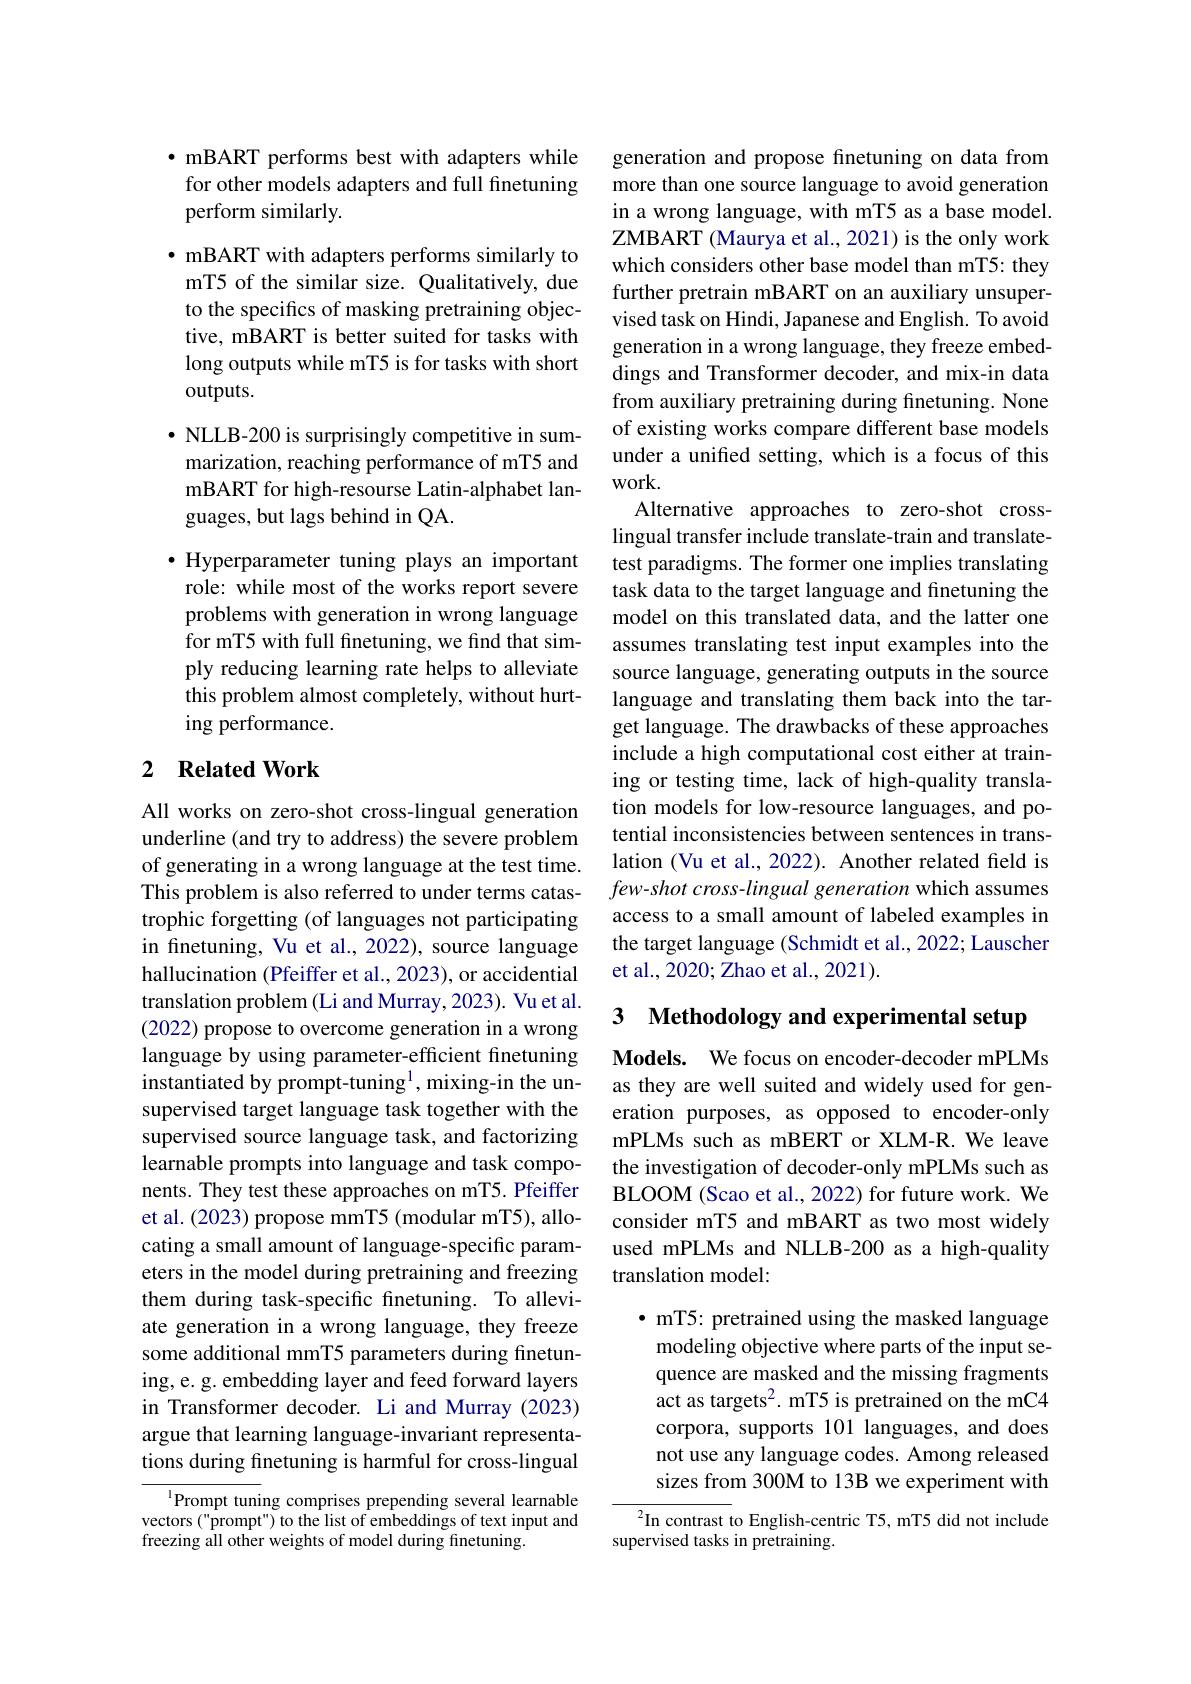
## $\bullet$ mBART performs best with adapters while for other models adapters and full finetuning perform similarly.

$\bullet$ mBART with adapters performs similarly to mT5 of the similar size. Qualitatively, due to the specifics of masking pretraining objective, mBART is better suited for tasks with long outputs while mT5 is for tasks with short outputs.

$\bullet$ NLLB-200 is surprisingly competitive in summarization, reaching performance of mT5 and mBART for high-resourse Latin-alphabet languages, but lags behind in QA.

$\bullet$ Hyperparameter tuning plays an important role: while most of the works report severe problems with generation in wrong language for mT5 with full finetuning, we find that simply reducing learning rate helps to alleviate this problem almost completely, without hurting performance.

## 2 $\textbf{Related Work}$

All works on zero-shot cross-lingual generation underline (and try to address) the severe problem of generating in a wrong language at the test time. This problem is also referred to under terms catastrophic forgetting (of languages not participating in finetuning, Vu et al., 2022), source language hallucination (Pfeiffer et al., 2023), or accidential translation problem (Li and Murray, 2023). Vu et al. (2022) propose to overcome generation in a wrong language by using parameter-efficient finetuning instantiated by prompt-tuning$^1$,mixing-in the unsupervised target language task together with the supervised source language task, and factorizing learnable prompts into language and task components. They test these approaches on mT5. Pfeiffer et al. (2023) propose mmT5 (modular mT5), allocating a small amount of language-specific parameters in the model during pretraining and freezing them during task-specific finetuning. To alleviate generation in a wrong language, they freeze some additional mmT5 parameters during finetuning, e. g. embedding layer and feed forward layers in Transformer decoder. Li and Murray (2023) argue that learning language-invariant representations during finetuning is harmful for cross-lingual
$^{1}$Prompt tuning comprises prepending several learnable

vectors ("prompt") to the list of embeddings of text input and
freezing all other weights of model during finetuning.

generation and propose finetuning on data from more than one source language to avoid generation in a wrong language, with mT5 as a base model. ZMBART (Maurya et al., 2021) is the only work which considers other base model than mT5: they further pretrain mBART on an auxiliary unsupervised task on Hindi, Japanese and English. To avoid generation in a wrong language, they freeze embeddings and Transformer decoder, and mix-in data from auxiliary pretraining during finetuning. None of existing works compare different base models under a unifed setting, which is a focus of this work.
Alternative approaches to zero-shot crosslingual transfer include translate-train and translatetest paradigms. The former one implies translating task data to the target language and finetuning the model on this translated data, and the latter one assumes translating test input examples into the source language, generating outputs in the source language and translating them back into the target language. The drawbacks of these approaches include a high computational cost either at training or testing time, lack of high-quality translation models for low-resource languages, and potential inconsistencies between sentences in translation (Vu et al., 2022). Another related feld is few-shot cross-lingual generation which assumes access to a small amount of labeled examples in the target language (Schmidt et al., 2022; Lauscher et al., 2020; Zhao et al., 2021).

3 Methodology and experimental setup

Models. We focus on encoder-decoder mPLMs as they are well suited and widely used for generation purposes, as opposed to encoder-only mPLMs such as mBERT or XLM-R. We leave the investigation of decoder-only mPLMs such as BLOOM (Scao et al., 2022) for future work. We consider mT5 and mBART as two most widely used mPLMs and NLLB-200 as a high-quality translation model:

· mT5: pretrained using the masked language modeling objective where parts of the input sequence are masked and the missing fragments act as targets$^2.$ mT5 is pretrained on the mC4 corpora, supports 101 languages, and does not use any language codes. Among released sizes from 300M to 13B we experiment with ${^{2}}$In contrast to English-centric T5, mT5 did not include

supervised tasks in pretraining